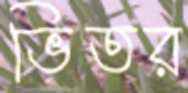
ভিতর